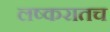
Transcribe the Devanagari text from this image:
लष्करातच